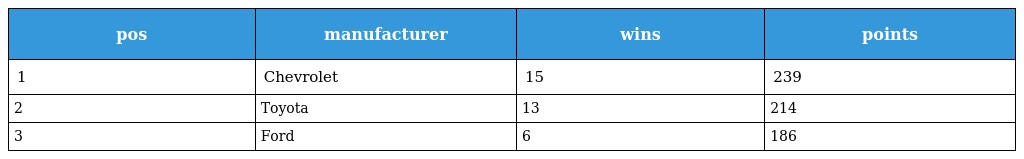
| pos | manufacturer | wins | points |
 | --- | --- | --- | --- |
 | 1 | Chevrolet | 15 | 239 |
 | 2 | Toyota | 13 | 214 |
 | 3 | Ford | 6 | 186 |